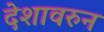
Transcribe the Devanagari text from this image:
देशावरुन